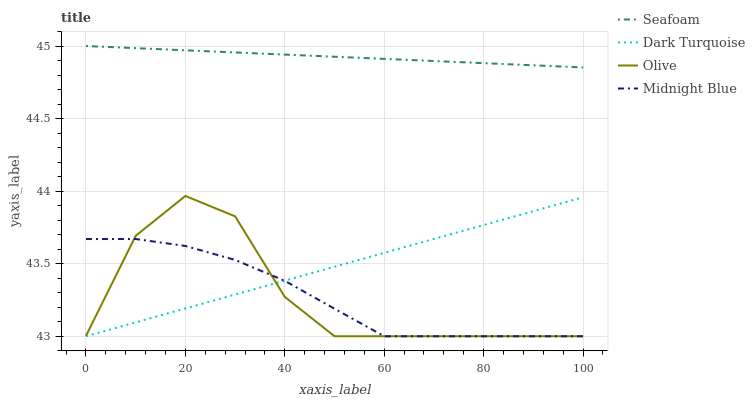
| xaxis_label | Seafoam | Dark Turquoise | Olive | Midnight Blue |
 | --- | --- | --- | --- | --- |
 | 0 | 45 | 43 | 43 | 43.7 |
 | 10 | 45 | 43.1 | 43.7 | 43.7 |
 | 20 | 45 | 43.2 | 44 | 43.6 |
 | 30 | 45 | 43.3 | 43.8 | 43.5 |
 | 40 | 44.9 | 43.4 | 43.3 | 43.4 |
 | 50 | 44.9 | 43.5 | 43 | 43.2 |
 | 60 | 44.9 | 43.6 | 43 | 43 |
 | 70 | 44.9 | 43.7 | 43 | 43 |
 | 80 | 44.9 | 43.8 | 43 | 43 |
 | 90 | 44.9 | 43.9 | 43 | 43 |
 | 100 | 44.9 | 44 | 43 | 43 |